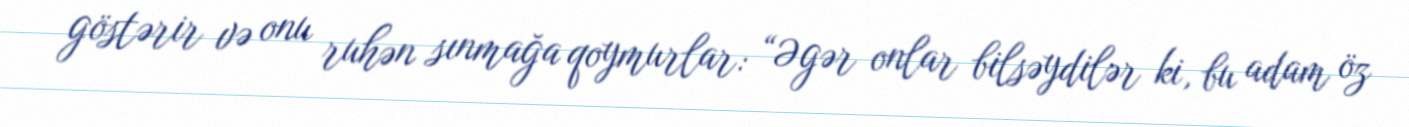
göstərir və onu ruhən sınmağa qoymurlar: “Əgər onlar bilsəydilər ki, bu adam öz